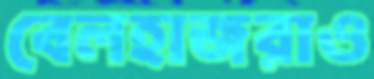
বেলহাজরাও